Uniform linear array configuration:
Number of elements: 16
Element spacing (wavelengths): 0.75
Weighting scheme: cosine
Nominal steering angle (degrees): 30
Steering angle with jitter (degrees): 28.579
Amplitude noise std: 0.05
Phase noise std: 0.05

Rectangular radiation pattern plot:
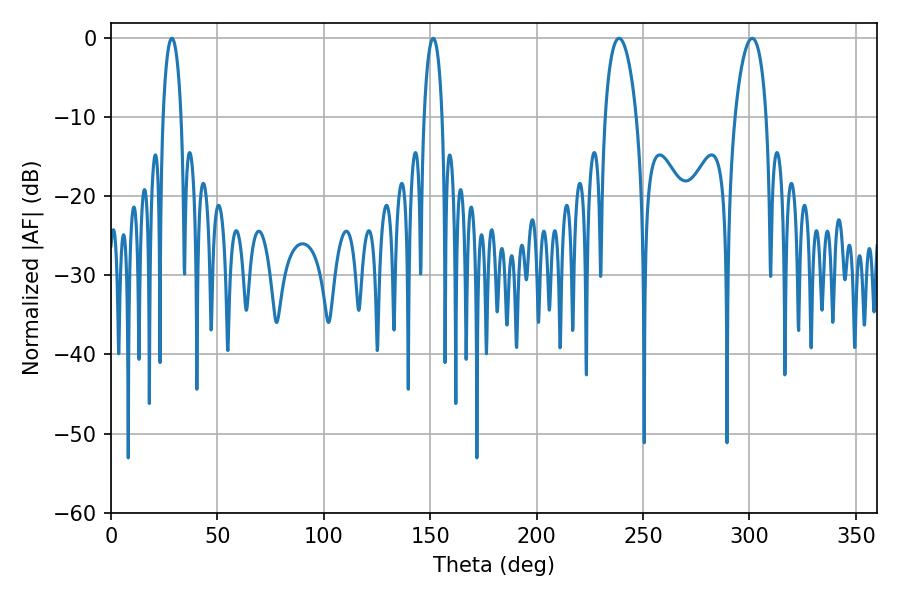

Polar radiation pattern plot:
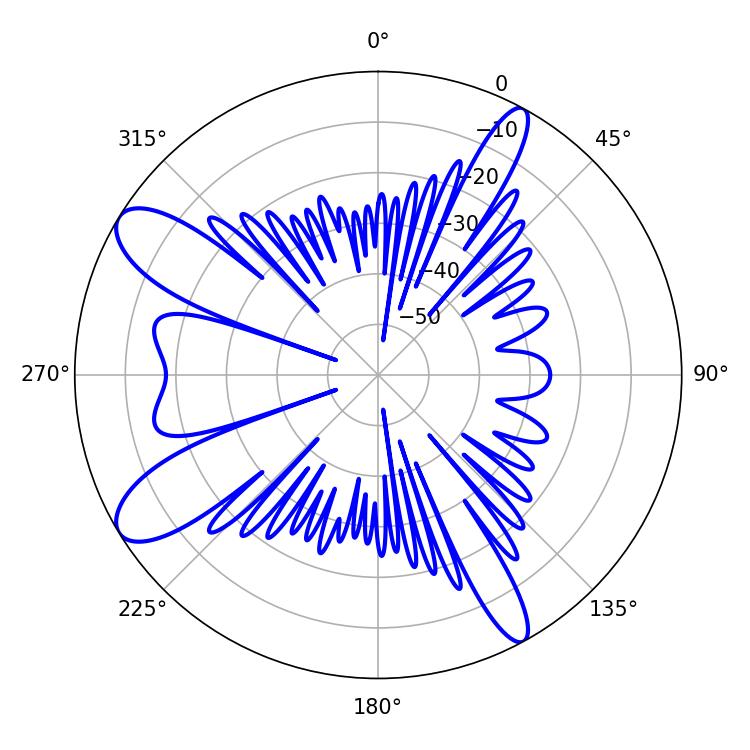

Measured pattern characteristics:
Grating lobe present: TRUE
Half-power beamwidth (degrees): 4.68
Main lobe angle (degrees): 28.62